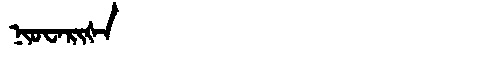
Manchu: ᠨᡳᠣᠸᠠᡵᡳᡧᠠ
Romanization: NIOWARIŠA